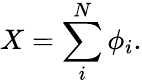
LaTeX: X=\sum_{i}^{N}\phi_{i}.